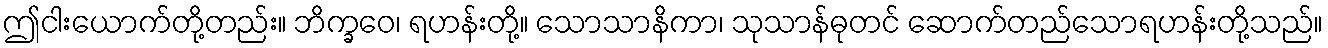
ဤငါးယောက်တို့တည်း။ ဘိက္ခဝေ၊ ရဟန်းတို့။ သောသာနိကာ၊ သုသာန်ဓုတင် ဆောက်တည်သောရဟန်းတို့သည်။